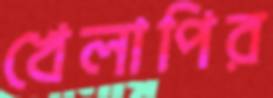
খেলাপির